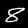
Digit: 8